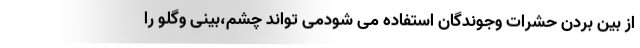
از بین بردن حشرات وجوندگان استفاده می شودمی تواند چشم،بینی وگلو را